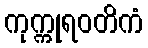
ကုက္ကုရဝတိကံ